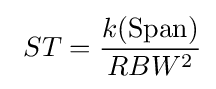
\ ST={\frac {k(\mathrm {Span} )}{RBW^{2}}}